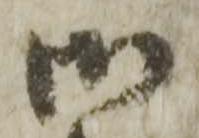
御